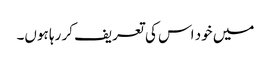
میں خود اس کی تعریف کر رہا ہوں۔